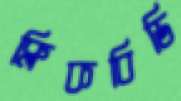
ক্লিকবিডি